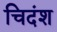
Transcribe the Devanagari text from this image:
चिदंश